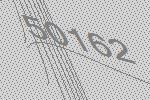
50162